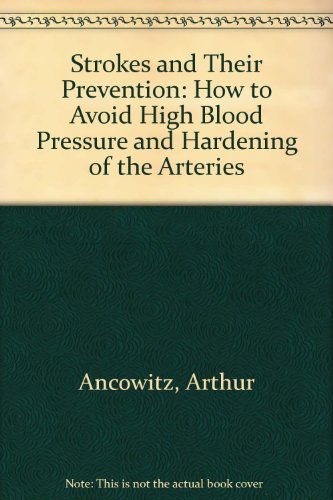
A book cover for Strokes and their prevention;: How to avoid high blood pressure and hardening of the arteries; Arthur Ancowitz; Health, Fitness & Dieting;